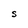
Character: S